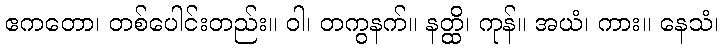
ဧကတော၊ တစ်ပေါင်းတည်း။ ဝါ၊ တကွနက်။ နတ္ထိ၊ ကုန်။ အယံ၊ ကား။ နေသံ၊